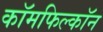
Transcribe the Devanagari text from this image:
कॉमफिल्कॉन